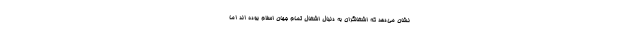
نشان می‌دهد که اشغالگران به دنبال اشغال تمام جهان اسلام بوده اند اما